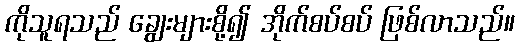
ကိုသူရသည် ချွေးများစို့၍ အိုက်စပ်စပ် ဖြစ်လာသည်။